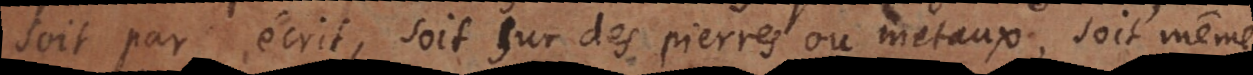
soit par écrit, soit sur des pierres ou metaux, soit même